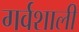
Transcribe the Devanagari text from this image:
गर्वशाली